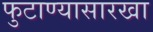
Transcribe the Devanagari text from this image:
फुटाण्यासारखा